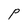
Character: P